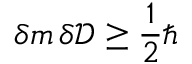
\delta m \, \delta \mathcal { D } \ge \frac { 1 } { 2 } \hslash